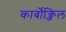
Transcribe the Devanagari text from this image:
कार्बोक्जिल